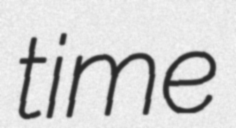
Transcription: time